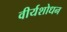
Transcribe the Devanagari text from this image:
वीर्यशोधन